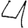
Digit: 4